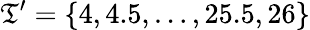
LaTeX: \mathfrak{T}^{\prime}=\{ 4,4.5,\dots,25.5,26\}